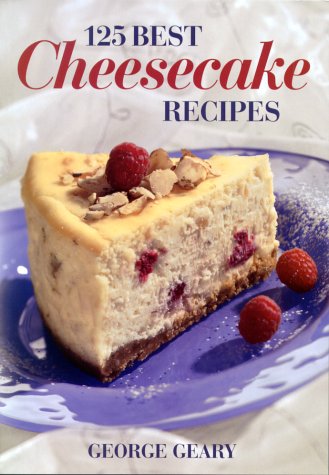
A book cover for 125 Best Cheesecake Recipes; George Geary; Cookbooks, Food & Wine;